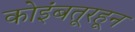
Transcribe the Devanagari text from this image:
कोइंबतूरहून